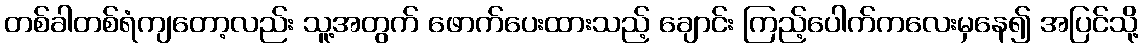
တစ်ခါတစ်ရံကျတော့လည်း သူ့အတွက် ဖောက်ပေးထားသည့် ချောင်း ကြည့်ပေါက်ကလေးမှနေ၍ အပြင်သို့